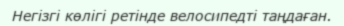
Негізгі көлігі ретінде велосипедті таңдаған.